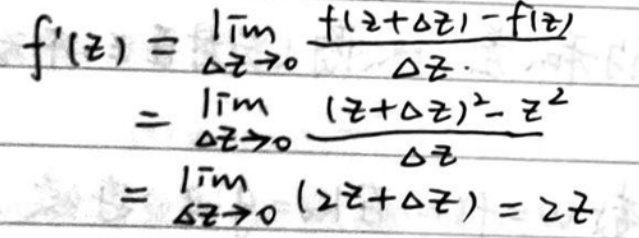
\[f^{\prime}(z)&=\lim_{\Delta z\rightarrow0}\frac{f(z + \Delta z)-f(z)}{\Delta z}\]\\
\[&=\lim_{\Delta z\rightarrow0}\frac{(z+\Delta z)^{2}-z^{2}}{\Delta z}\]\\
\[&=\lim_{\Delta z\rightarrow0}(2z+\Delta z)=2z\]